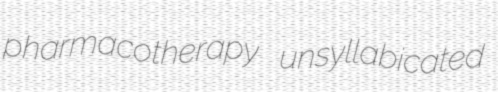
pharmacotherapy unsyllabicated